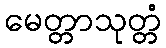
မေတ္တာသုတ္တံ